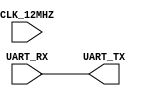
/*
    PGL Sandpiper Project Template
    Author
    Date
    Description

    Additional Data/Comments
*/

module top
(
    // External Clock
    
    input CLK_12MHZ,
    
    
    // UART Interface
    
    input   UART_RX,
    output  UART_TX
    

    // Switches
    /*
    input [7:0] SW,
    */
);

    assign UART_TX = UART_RX;

    /*
    wire HF_CLK;
    SB_HFOSC internal_HF_osc
    (
        .CLKHFEN(1'b1),
        .CLKHFPU(1'b1),
        .CLKHF(HF_CLK)
    );
    // 0b00 = 48 MHz
    // 0b01 = 24 MHz
    // 0b10 = 12 MHz
    // 0b11 = 6  MHz
    defparam internal_HF_osc.CLKHF_DIV = "0b00";
    */

endmodule